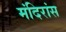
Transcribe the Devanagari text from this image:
मंदिरांस